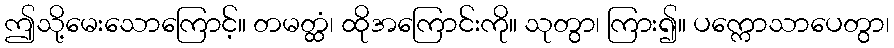
ဤသို့မေးသောကြောင့်။ တမတ္ထံ၊ ထိုအကြောင်းကို။ သုတွာ၊ ကြား၍။ ပက္ကောသာပေတွာ၊